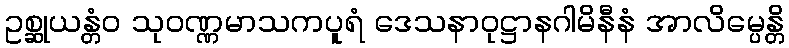
ဥစ္ဆုယန္တံဝ သုဝဏ္ဏမာသကပူရံ ဒေသနာဝုဋ္ဌာနဂါမိနီနံ အာလိမ္ပေန္တိ